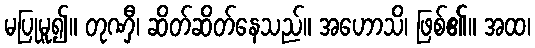
မပြုမူ၍။ တုဏှီ၊ ဆိတ်ဆိတ်နေသည်။ အဟောသိ၊ ဖြစ်၏။ အထ၊